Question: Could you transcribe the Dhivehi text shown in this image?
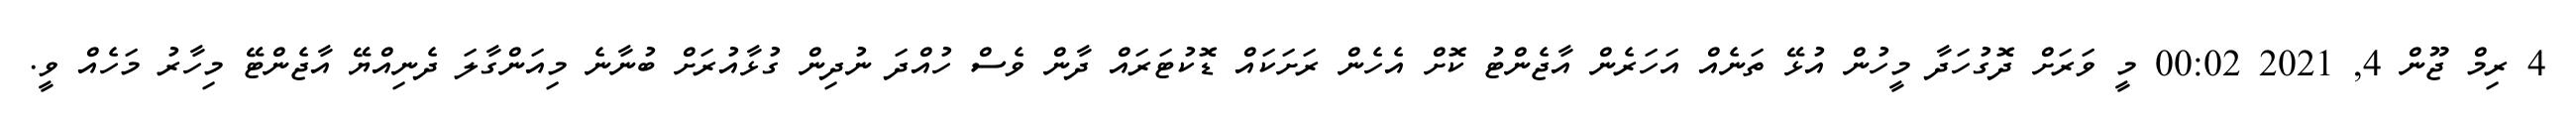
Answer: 4 ރިމް ޖޫން 4, 2021 00:02 މީ ވަރަށް ދޮގުހަދާ މީހުން އުޅޭ ތަނެއް އަހަރެން އާޖެންޓު ކޮށް އެހެން ރަށަކައް ޑޮކުޓަރައް ދާން ވެސް ހުއްދަ ނުދިން ގުޅާއުރަށް ބުނާނެ މިއަންގާލަ ދެނިއްޔޭ އާޖެންޓޭ މިހާރު މަހެއް ވީ.